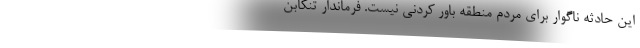
این حادثه ناگوار برای مردم منطقه باور کردنی نیست. فرماندار تنکابن